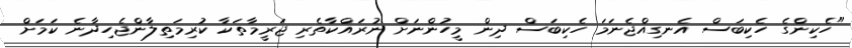
"ހެކިންގެ ހެކިބަސް އެނގިއްޖެނަމަ ހެކިބަސް ދިން މީހުންނަށް ނުރައްކާތެރި ޖަރީމާތަކާ ކުރިމަތިލާންޖެހިދާނެ ކަމަށް